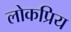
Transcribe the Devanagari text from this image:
लोकप्रिय